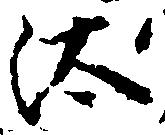
汰